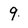
Character: 9